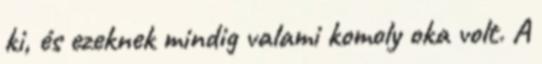
ki, és ezeknek mindig valami komoly oka volt. A